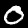
Digit: 0